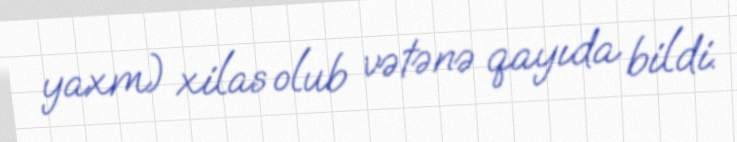
yaxm) xilas olub vətənə qayıda bildi.